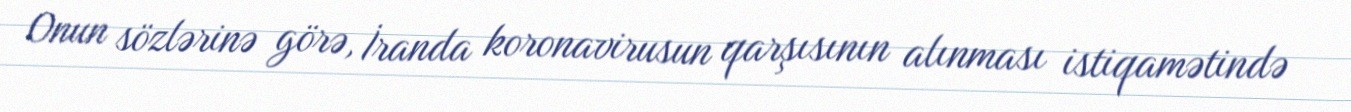
Onun sözlərinə görə, İranda koronavirusun qarşısının alınması istiqamətində